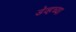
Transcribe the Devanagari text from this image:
डेव्हच्या